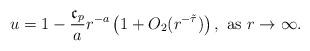
LaTeX: \begin{align*}u=1 - \frac{\mathfrak{c}_{p}}{a} r^{-a} \left( 1 + O_{2}(r^{- \tilde{\tau}}) \right), \hbox{ as }r\to \infty.\end{align*}